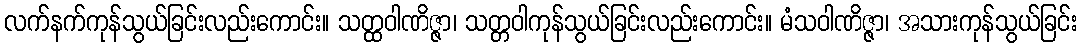
လက်နက်ကုန်သွယ်ခြင်းလည်းကောင်း။ သတ္ထဝါဏိဇ္ဇာ၊ သတ္တဝါကုန်သွယ်ခြင်းလည်းကောင်း။ မံသဝါဏိဇ္ဇာ၊ အသားကုန်သွယ်ခြင်း